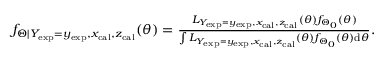
\begin{array} { r } { f _ { \Theta | Y _ { \mathrm { e x p } } = y _ { \mathrm { e x p } } , x _ { \mathrm { c a l } } , z _ { \mathrm { c a l } } } ( \theta ) = \frac { L _ { Y _ { \mathrm { e x p } } = y _ { \mathrm { e x p } } , x _ { \mathrm { c a l } } , z _ { \mathrm { c a l } } } ( \theta ) f _ { \Theta _ { 0 } } ( \theta ) } { \int L _ { Y _ { \mathrm { e x p } } = y _ { \mathrm { e x p } } , x _ { \mathrm { c a l } } , z _ { \mathrm { c a l } } } ( \theta ) f _ { \Theta _ { 0 } } ( \theta ) \mathrm { d } \theta } . } \end{array}